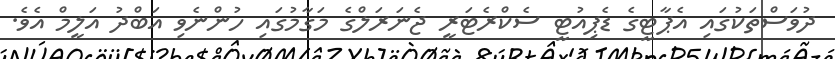
ދުވަސްތަކުގައި އެޕާޓީގެ ޑެޕިއުޓީ ސެކްރެޓަރީ ޖެނަރަލްގެ މަގާމުގައި ހުންނެވި އަބްދު އަލީމް އެވެ.